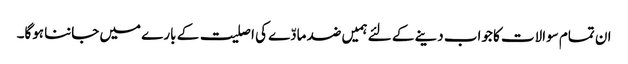
ان تمام سوالات کا جواب دینے کے لئے ہمیں ضد مادّے کی اصلیت کے بارے میں جاننا ہوگا۔